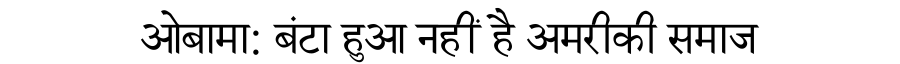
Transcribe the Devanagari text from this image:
ओबामा: बंटा हुआ नहीं है अमरीकी समाज